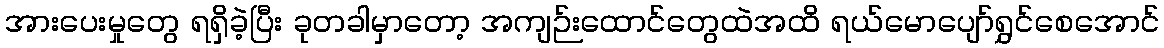
အားပေးမှုတွေ ရရှိခဲ့ပြီး ခုတခါမှာတော့ အကျဉ်းထောင်တွေထဲအထိ ရယ်မောပျော်ရွှင်စေအောင်